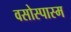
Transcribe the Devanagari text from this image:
वसोस्पास्म